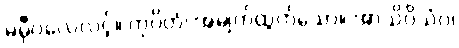
မမှီဝဲလေလင့်။ ကုပိတံ၊ အမျက်ထွက်သော။ အာသိဝိသံဝ၊